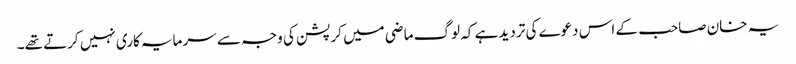
یہ خان صاحب کے اس دعوے کی تردید ہے کہ لوگ ماضی میں کرپشن کی وجہ سے سرمایہ کاری نہیں کرتے تھے۔